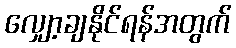
လျှော့ချနိုင်ရန်အတွက်